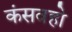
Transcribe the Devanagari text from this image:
कंसवहो